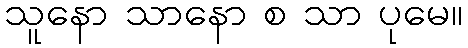
သူနော သာနော စ သာ ပုမေ။